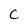
Character: C